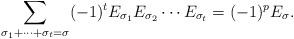
LaTeX: \begin{align*} \sum_{\sigma_1 +\cdots +\sigma_t =\sigma} (-1)^t E_{\sigma_1} E_{\sigma_2} \cdots E_{\sigma_t} =(-1)^p E_{\sigma}. \end{align*}